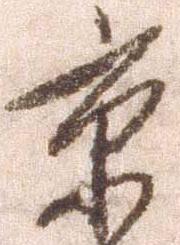
京